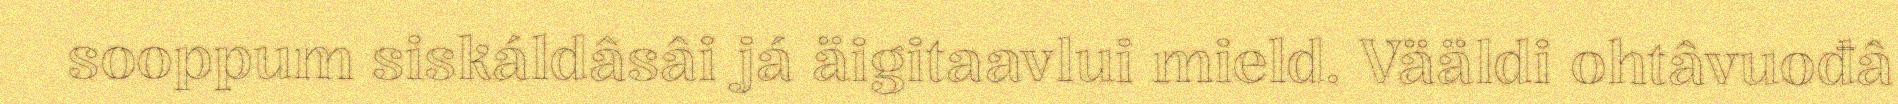
sooppum siskáldâsâi já äigitaavlui mield. Vääldi ohtâvuođâ